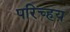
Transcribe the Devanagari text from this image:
परिच्हय